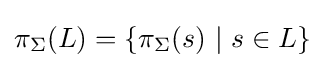
\pi _{\Sigma }(L)=\{\pi _{\Sigma }(s)\ \vert \ s\in L\}